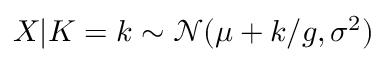
X | K = k \sim \mathcal N ( \mu + k / g , \sigma ^ { 2 } )